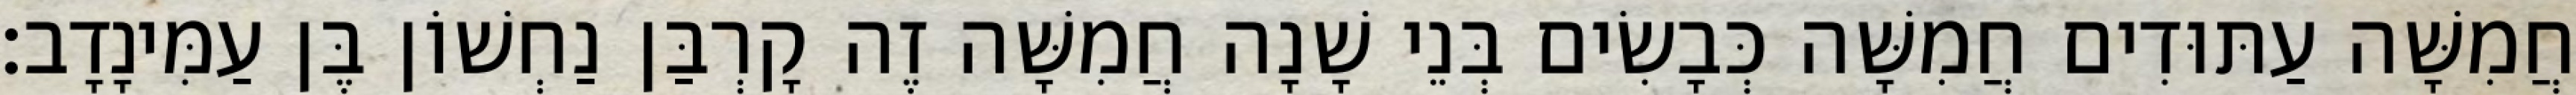
חֲמִשָּׁה עַתּוּדִים חֲמִשָּׁה כְּבָשִׂים בְּנֵי שָׁנָה חֲמִשָּׁה זֶה קָרְבַּן נַחְשׁוֹן בֶּן עַמִּינָדָב׃